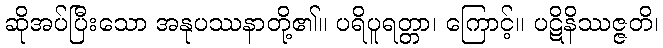
ဆိုအပ်ပြီးသော အနုပဿနာတို့၏။ ပရိပူရတ္တာ၊ ကြောင့်။ ပဋိနိဿဇ္ဇတိ၊